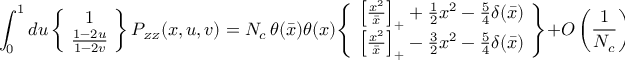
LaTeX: \int _ { 0 } ^ { 1 } d u \, \! \left\{ \! \begin{array} { c } { { 1 } } \\ { { \frac { 1 - 2 u } { 1 - 2 v } } } \end{array} \! \right\} P _ { \scriptscriptstyle \cal Z Z } ( x , u , v ) = N _ { c } \, \theta ( \bar { x } ) \theta ( x ) \! \left\{ \! \begin{array} { c } { { \left[ \frac { x ^ { 2 } } { \bar { x } } \right] _ { + } + \frac { 1 } { 2 } x ^ { 2 } - \frac { 5 } { 4 } \delta ( \bar { x } ) } } \\ { { \left[ \frac { x ^ { 2 } } { \bar { x } } \right] _ { + } - \frac { 3 } { 2 } x ^ { 2 } - \frac { 5 } { 4 } \delta ( \bar { x } ) } } \end{array} \! \right\} + { \cal O } \left( \frac { 1 } { N _ { c } } \right) ,